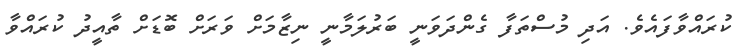
ކުރައްވާފައެވެ. އަދި މުސްތަފާ ގެންދަވަނީ ބަރުލަމާނީ ނިޒާމަށް ވަރަށް ބޮޑަށް ތާއީދު ކުރައްވާ